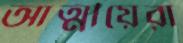
আত্মীয়েরা